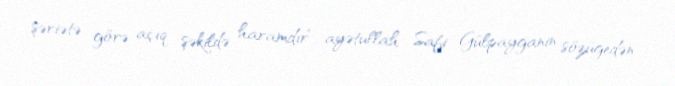
şəriətə görə açıq şəkildə haramdır“,-ayətullah Safi Gülpayganin sözügedən